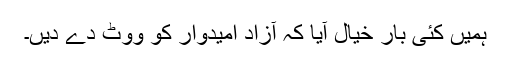
ہمیں کئی بار خیال آیا کہ آزاد امیدوار کو ووٹ دے دیں۔